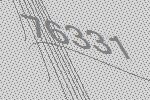
76331